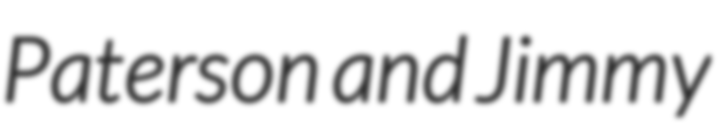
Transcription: Paterson and Jimmy